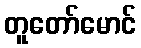
တူတော်မောင်